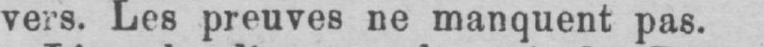
vers. Les preuves ne manquent pas.